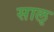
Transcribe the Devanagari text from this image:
साऌ